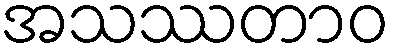
အသဿတာဝ